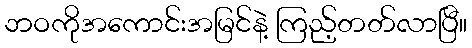
ဘဝကိုအကောင်းအမြင်နဲ့ ကြည့်တတ်လာပြီ။